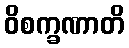
ဝိစက္ခဏာတိ